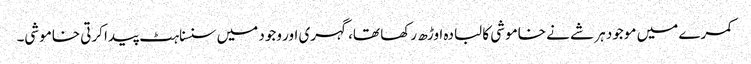
کمرے میں موجود ہر شے نے خاموشی کا لبادہ اوڑھ رکھا تھا، گہری اور وجود میں سنسناہٹ پیدا کرتی خاموشی۔